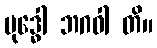
ဗုဒ္ဓေါ ဘဂဝါ တိ။